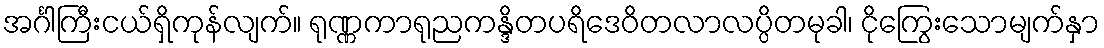
အင်္ဂါကြီးငယ်ရှိကုန်လျက်။ ရုဏ္ဏကာရုညကန္ဒိတပရိဒေဝိတလာလပ္ပိတမုခါ၊ ငိုကြွေးသောမျက်နှာ